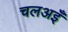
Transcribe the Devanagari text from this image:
चलअइँ